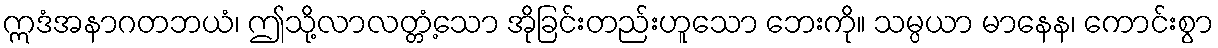
ဣဒံအနာဂတဘယံ၊ ဤသို့လာလတ္တံ့သော အိုခြင်းတည်းဟူသော ဘေးကို။ သမ္ပယာ မာနေန၊ ကောင်းစွာ